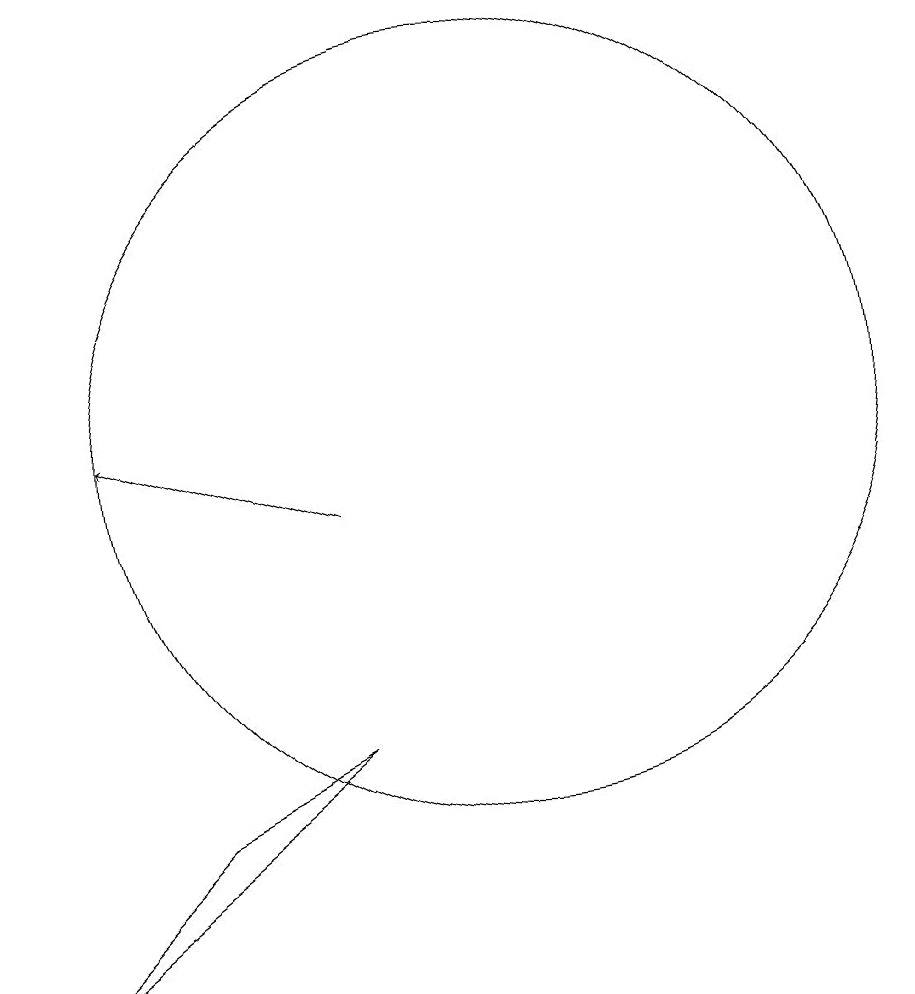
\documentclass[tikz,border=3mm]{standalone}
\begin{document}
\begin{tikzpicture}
\draw (11,11) circle (5);
\draw (9,7) -- (5,4) -- (7,6) -- cycle;
\draw[->] (9,10) -- (6,11);
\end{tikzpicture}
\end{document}